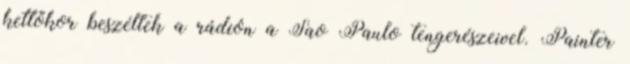
kettőkor beszéltek a rádión a Sao Paulo tengerészeivel. Painter